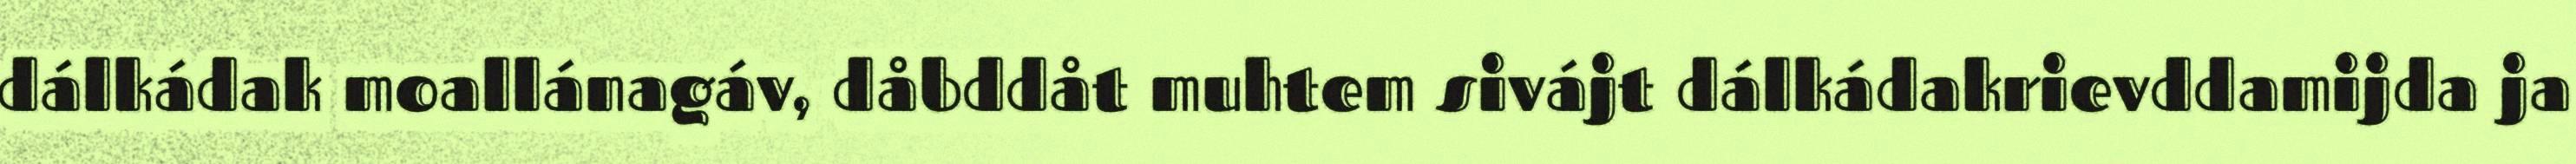
dálkádak moallánagáv, dåbddåt muhtem sivájt dálkádakrievddamijda ja